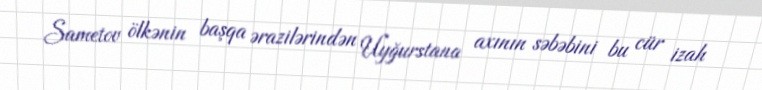
Sametov ölkənin başqa ərazilərindən Uyğurstana axının səbəbini bu cür izah